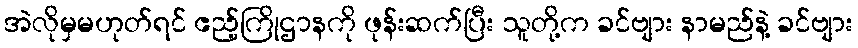
အဲလိုမှမဟုတ်ရင် ဧည့်ကြိုဌာနကို ဖုန်းဆက်ပြီး သူတို့က ခင်ဗျား နာမည်နဲ့ ခင်ဗျား